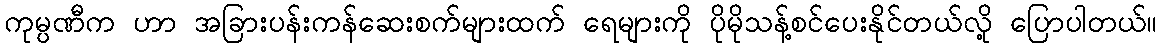
ကုမ္ပဏီက ဟာ အခြားပန်းကန်ဆေးစက်များထက် ရေများကို ပိုမိုသန့်စင်ပေးနိုင်တယ်လို့ ပြောပါတယ်။